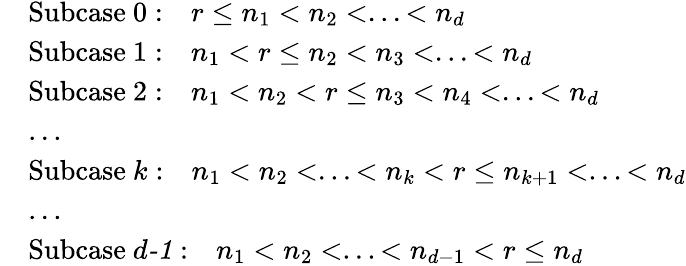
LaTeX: \begin{array}{rl}&{\mathrm{Subcase~0:}\quad r\leq n_{1}<n_{2}<...<n_{d}}\\ &{\mathrm{Subcase~1:}\quad n_{1}<r\leq n_{2}<n_{3}<...<n_{d}}\\ &{\mathrm{Subcase~2:}\quad n_{1}<n_{2}<r\leq n_{3}<n_{4}<...<n_{d}}\\ &{...}\\ &{\mathrm{Subcase~\textit{k}:}\quad n_{1}<n_{2}<...<n_{k}<r\leq n_{k+1}<...<n_{d}}\\ &{...}\\ &{\mathrm{Subcase~\textit{d-1}:}\quad n_{1}<n_{2}<...<n_{d-1}<r\leq n_{d}}\end{array}